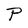
Character: P